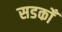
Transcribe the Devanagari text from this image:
सडकोँ